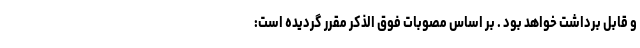
و قابل برداشت خواهد بود . بر اساس مصوبات فوق الذکر مقرر گردیده است: